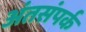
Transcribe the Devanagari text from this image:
अंतसंपर्क